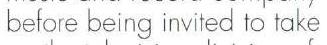
before being invited to take